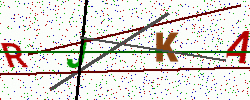
Text: RJKA